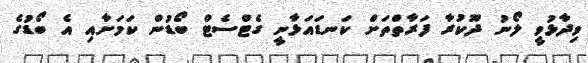
ވިދާޅުވީ ލޯނު ދޫކުރާ ފަރާތްތަށް ކަނޑައަޅާނީ ގެޓްސެޓް ބޯޑުން ކަމަށާއި އެ ބޯޑުގެ